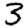
Digit: 3